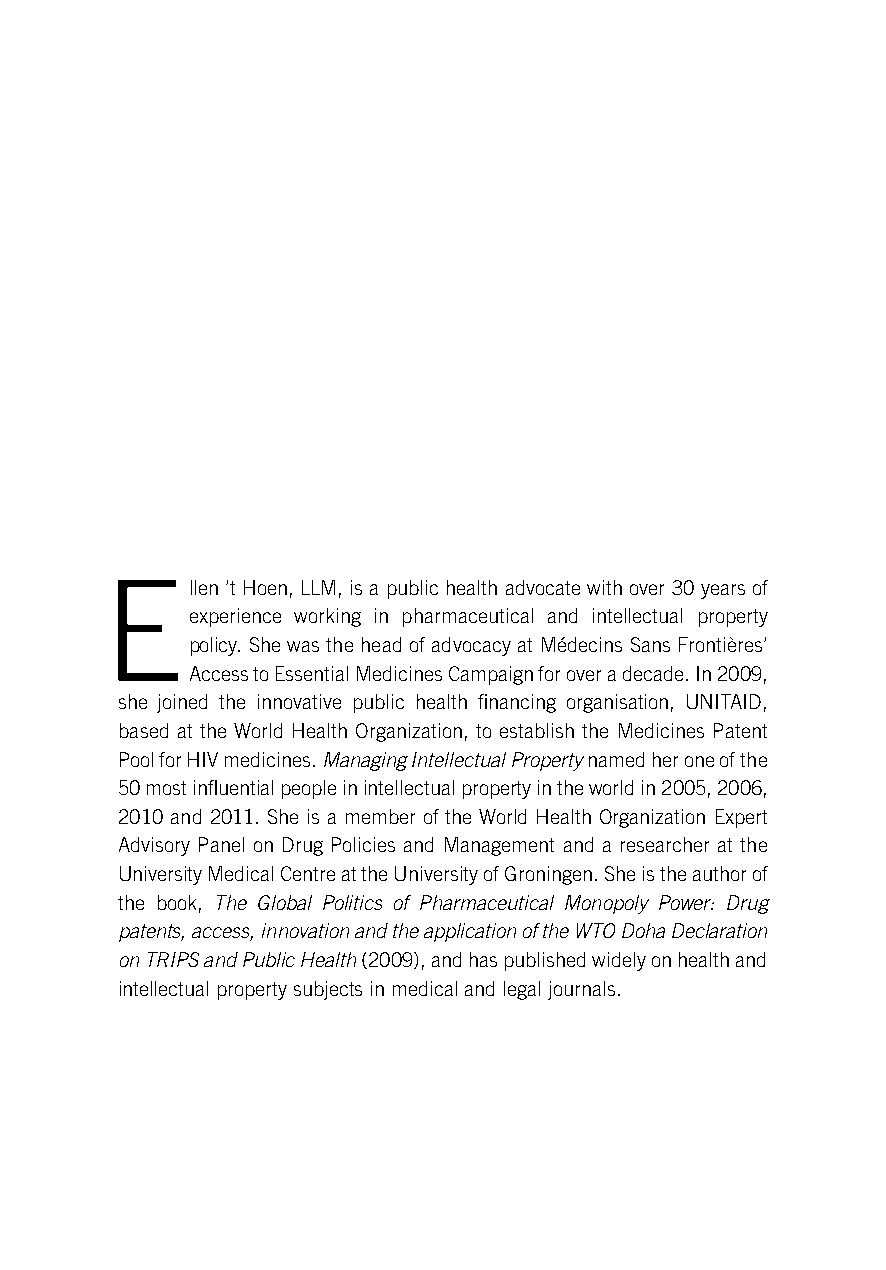
E
 llen ’t Hoen, LLM, is a public health advocate with over 30 years of
 experience working in pharmaceutical and intellectual property
 policy. She was the head of advocacy at Médecins Sans Frontières’
 Access to Essential Medicines Campaign for over a decade. In 2009,
 she joined the innovative public health financing organisation, UNITAID,
 based at the World Health Organization, to establish the Medicines Patent
 Pool for HIV medicines. Managing Intellectual Property named her one of the
 50 most influential people in intellectual property in the world in 2005, 2006,
 2010 and 2011. She is a member of the World Health Organization Expert
 Advisory Panel on Drug Policies and Management and a researcher at the
 University Medical Centre at the University of Groningen. She is the author of
 the book, The Global Politics of Pharmaceutical Monopoly Power: Drug
 patents, access, innovation and the application of the WTO Doha Declaration
 on TRIPS and Public Health (2009), and has published widely on health and
 intellectual property subjects in medical and legal journals.